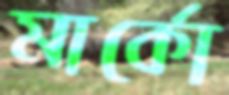
মার্কো